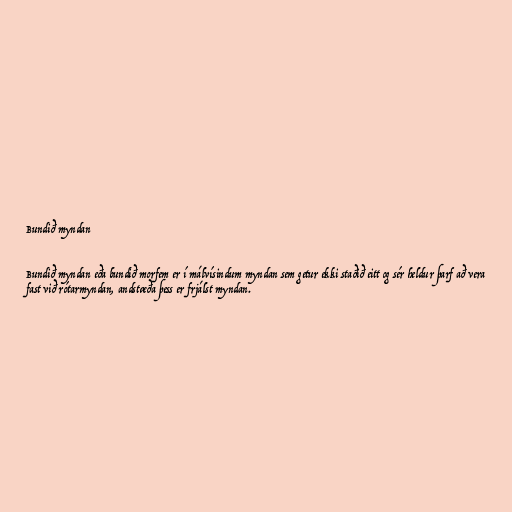
Bundið myndan

Bundið myndan eða bundið morfem er í málvísindum myndan sem getur ekki staðið eitt og sér heldur þarf að vera
fast við rótarmyndan, andstæða þess er frjálst myndan.